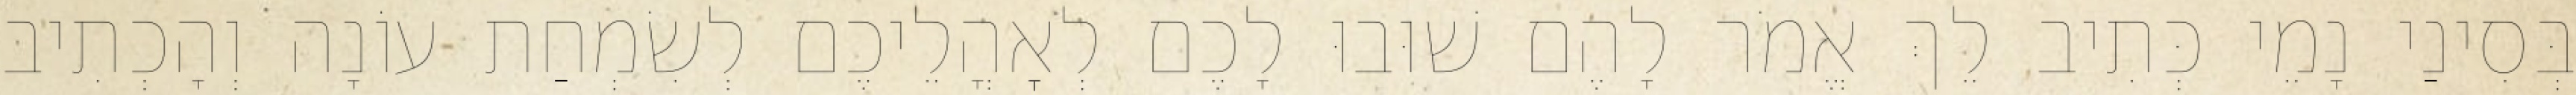
בְּסִינַי נָמֵי כְּתִיב לֵךְ אֱמֹר לָהֶם שׁוּבוּ לָכֶם לְאׇהֳלֵיכֶם לְשִׂמְחַת עוֹנָה וְהָכְתִיב